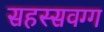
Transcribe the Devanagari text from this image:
सहस्सवग्ग